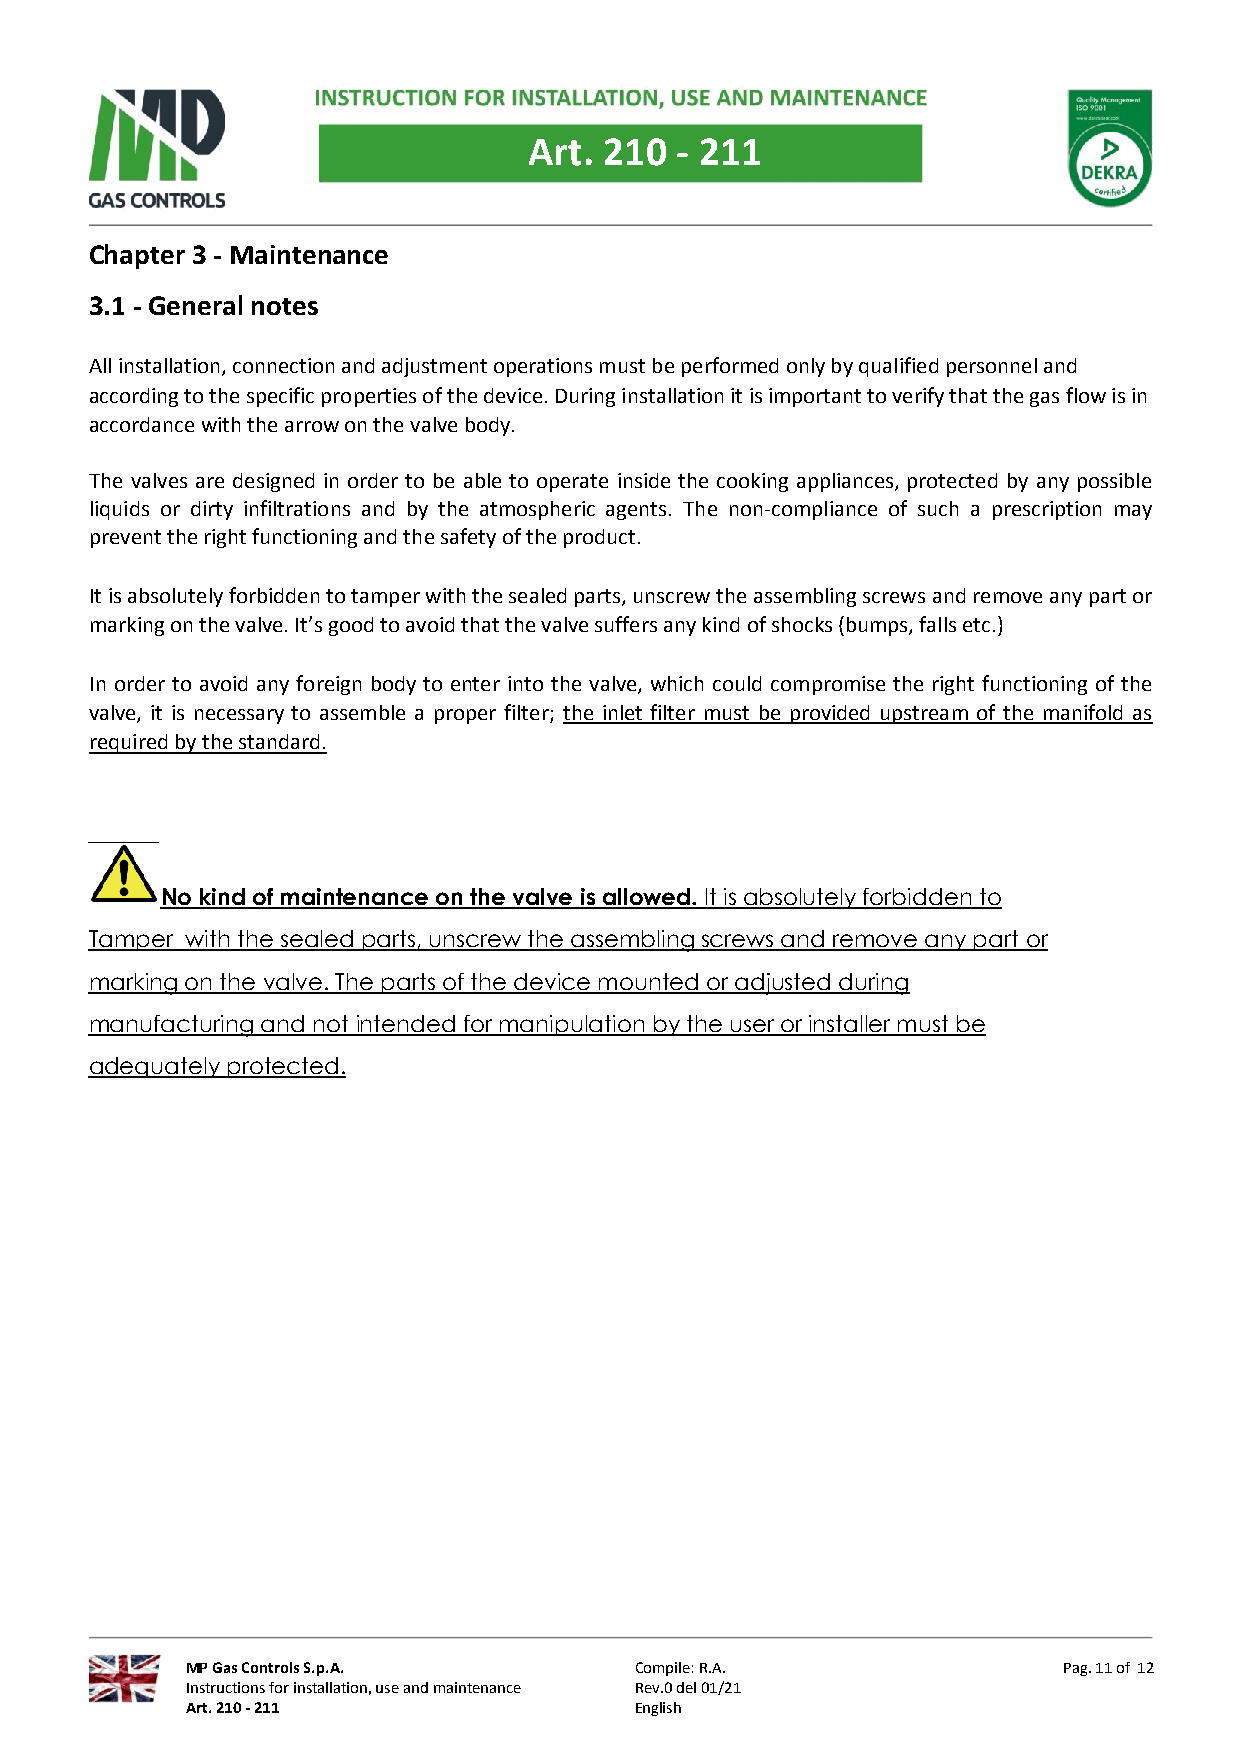
Art. 210  - 211
 Chapter 3 - Maintenance
 3.1 - General notes
 All installation, connection and adjustment operations must be performed only by qualified personnel and
 according to the specific properties of the device. During installation it is important to verify that the gas flow is in
 accordance with the arrow on the valve body.
 The valves are designed in order to be able to operate inside the cooking appliances, protected by any possible
 liquids or dirty infiltrations and by the atmospheric agents. The non-compliance of such a prescription may
 prevent the right functioning and the safety of the product.
 It is absolutely forbidden to tamper with the sealed parts, unscrew the assembling screws and remove any part or
 marking on the valve. It’s good to avoid that the valve suffers any kind of shocks (bumps, falls etc.)
 In order to avoid any foreign body to enter into the valve, which could compromise the right functioning of the
 valve, it is necessary to assemble a proper filter; the inlet filter must be provided upstream of the manifold as
 required by the standard.
 No kind of maintenance on the valve is allowed. It is absolutely forbidden to
 Tamper with the sealed parts, unscrew the assembling screws and remove any part or
 marking on the valve. The parts of the device mounted or adjusted during
 manufacturing and not intended for manipulation by the user or installer must be
 adequately protected.
 MP Gas Controls S.p.A.        Compile: R.A.               Pag. 11 of 12
 Instructions for installation, use and maintenance Rev.0 del 01/21
 Art. 210 - 211                English